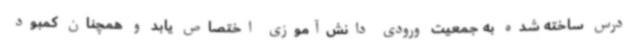
درس ساخته شده به جمعیت ورودی دانش‌آموزی اختصاص یابد و همچنان کمبود